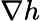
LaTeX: \nabla h